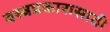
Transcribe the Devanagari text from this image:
वस्त्रप्रकारासाठी